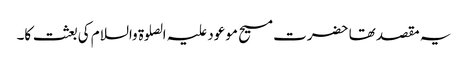
یہ مقصد تھا حضرت مسیح موعود علیہ الصلوۃ والسلام کی بعثت کا۔